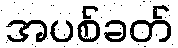
အပစ်ခတ်